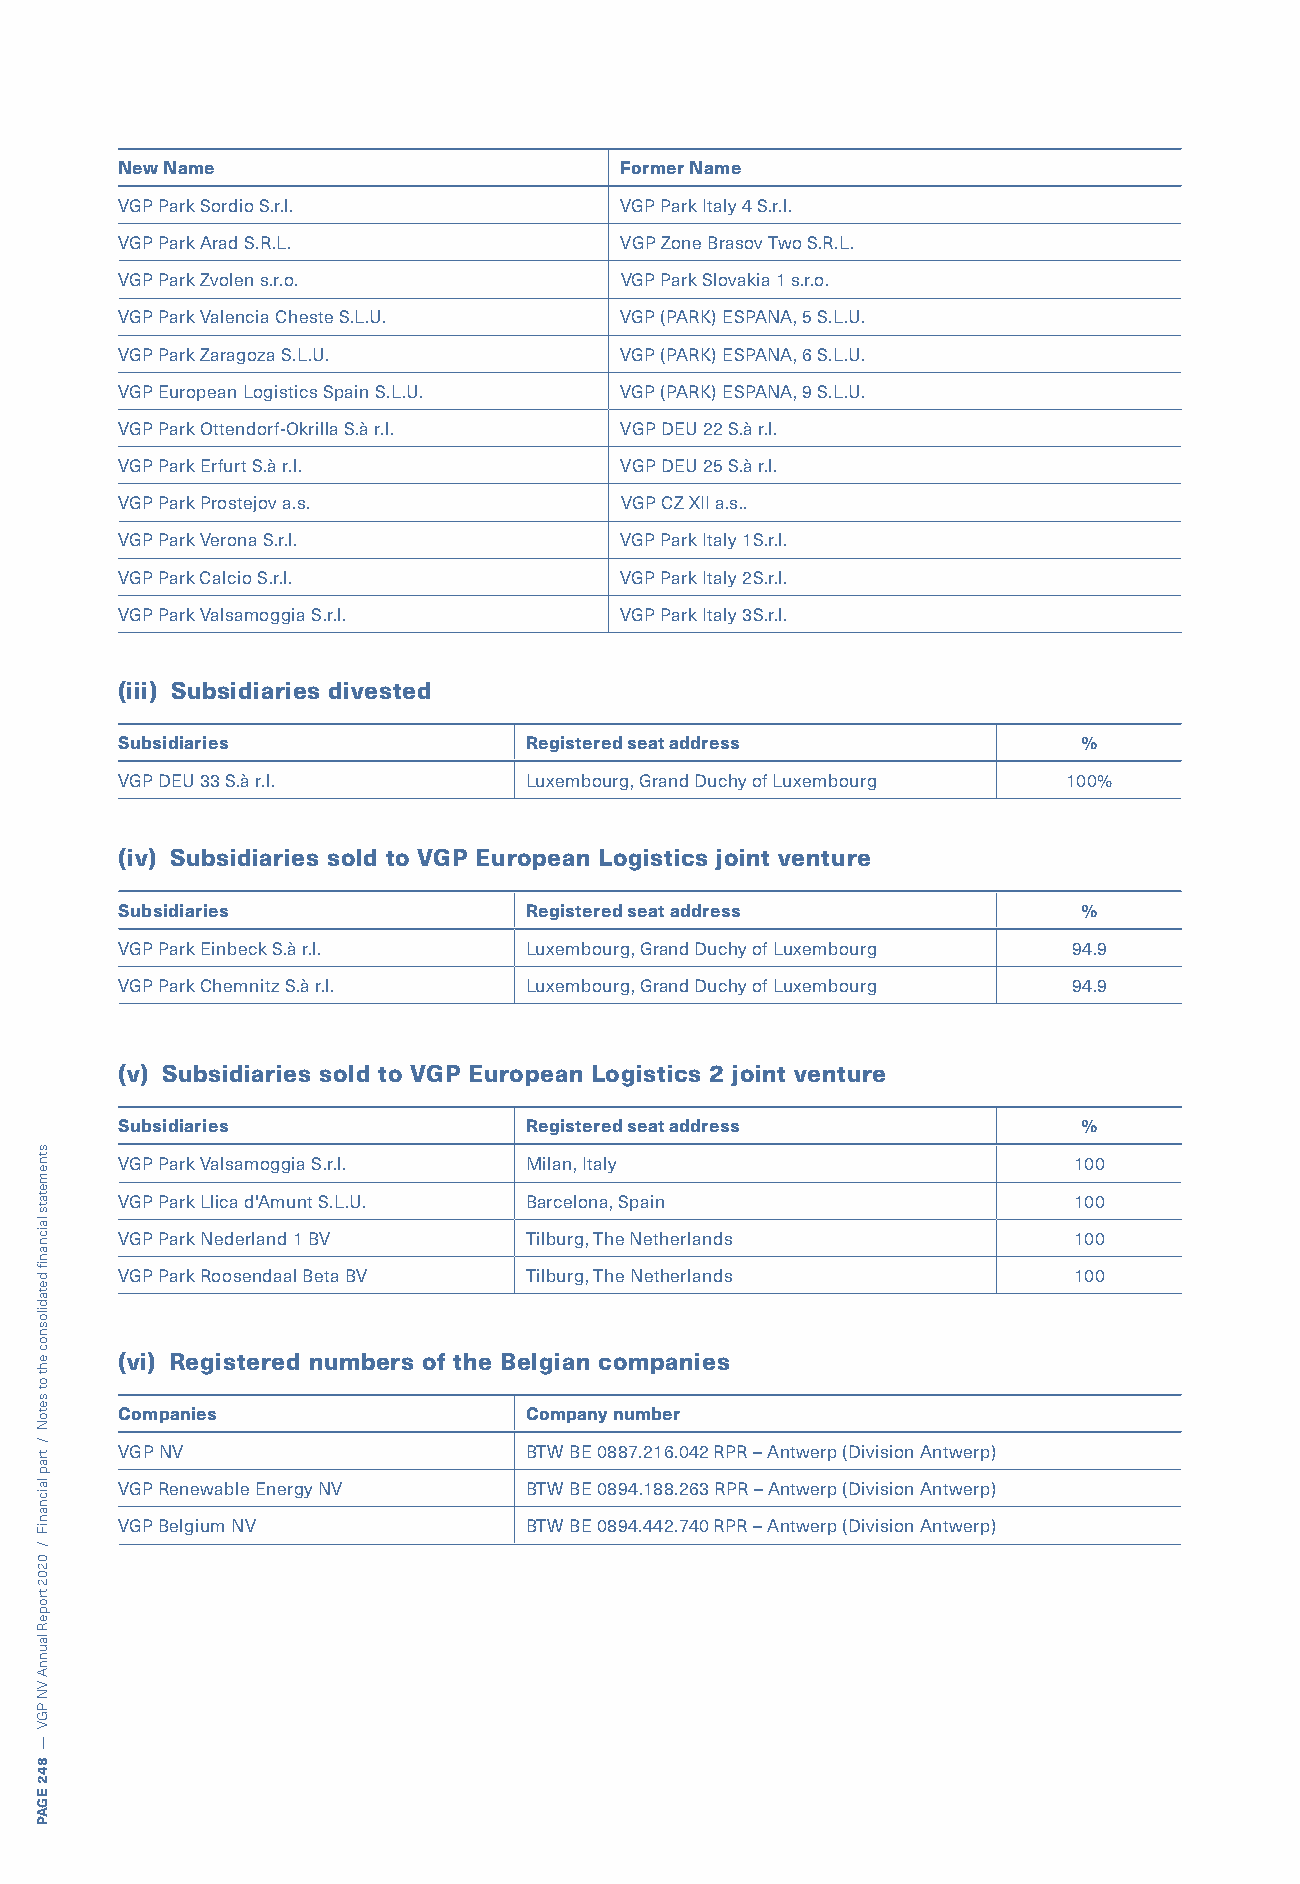
New Name                         Former Name
 VGP Park Sordio S.r.l.           VGP Park Italy 4 S.r.l.
 VGP Park Arad S.R.L.             VGP Zone Brasov Two S.R.L.
 VGP Park Zvolen s.r.o.           VGP Park Slovakia 1 s.r.o.
 VGP Park Valencia Cheste S.L.U.  VGP (PARK) ESPANA, 5 S.L.U.
 VGP Park Zaragoza S.L.U.         VGP (PARK) ESPANA, 6 S.L.U.
 VGP European Logistics Spain S.L.U. VGP (PARK) ESPANA, 9 S.L.U.
 VGP Park Ottendorf-Okrilla S.à r.l. VGP DEU 22 S.à r.l.
 VGP Park Erfurt S.à r.l.         VGP DEU 25 S.à r.l.
 VGP Park Prostejov a.s.          VGP CZ XII a.s..
 VGP Park Verona S.r.l.           VGP Park Italy 1S.r.l.
 VGP Park Calcio S.r.l.           VGP Park Italy 2S.r.l.
 VGP Park Valsamoggia S.r.l.      VGP Park Italy 3S.r.l.
 (iii) Subsidiaries divested
 Subsidiaries               Registered seat address              %
 VGP DEU 33 S.à r.l.        Luxembourg, Grand Duchy of Luxembourg 100%
 (iv) Subsidiaries sold to VGP European Logistics joint venture
 Subsidiaries               Registered seat address              %
 VGP Park Einbeck S.à r.l.  Luxembourg, Grand Duchy of Luxembourg 94.9
 VGP Park Chemnitz S.à r.l. Luxembourg, Grand Duchy of Luxembourg 94.9
 (v) Subsidiaries sold to VGP European Logistics 2 joint venture
 Subsidiaries               Registered seat address              %
 VGP Park Valsamoggia S.r.l. Milan, Italy                       100
 VGP Park Llica d'Amunt S.L.U. Barcelona, Spain                 100
 VGP Park Nederland 1 BV    Tilburg, The Netherlands            100
 VGP Park Roosendaal Beta BV Tilburg, The Netherlands           100
 (vi) Registered numbers of the Belgian companies
 Companies                  Company number
 VGP NV                     BTW BE 0887.216.042 RPR – Antwerp (Division Antwerp)
 VGP Renewable Energy NV    BTW BE 0894.188.263 RPR – Antwerp (Division Antwerp)
 VGP Belgium NV             BTW BE 0894.442.740 RPR – Antwerp (Division Antwerp)
 stnemetats
 laicnanif
 detadilosnoc
 eht
 ot
 setoN
 /
 trap
 laicnaniF
 /
 0202
 tropeR
 launnA
 VN
 PGV
 —
 842
 EGAP